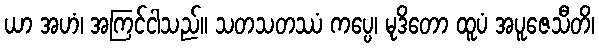
ယာ အဟံ၊ အကြင်ငါသည်။ သတသတဿံ ကပ္ပေ၊ မုဒိတော ထူပံ အပူဇေသီတိ၊